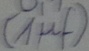
Text: (1µf)